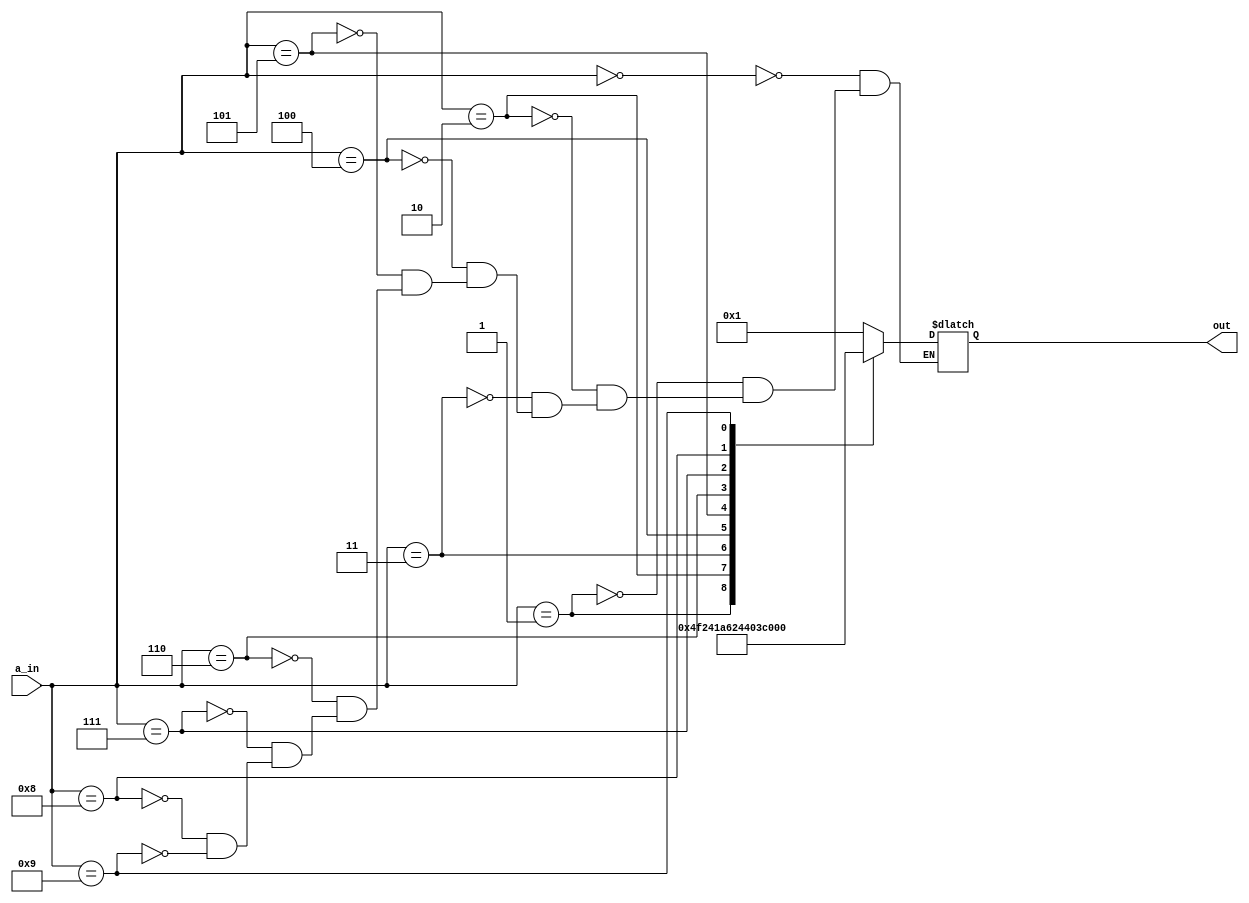
`timescale 1ns / 1ps
//////////////////////////////////////////////////////////////////////////////////
// Company: 
// Engineer: 
// 
// Design Name: 
// Module Name: sevendecoder
// Project Name: 
// Target Devices: 
// Tool Versions: 
// Description: 
// 
// Dependencies: 
// 
// Revision:
// Revision 0.01 - File Created
// Additional Comments:
// 
//////////////////////////////////////////////////////////////////////////////////


module sevendecoder(a_in,out);
    input [3:0] a_in;
    output reg [6:0] out;
    always @(*) begin
        case (a_in)
            4'b0000: out = 7'b0000001;
            4'b0001: out = 7'b1001111;
            4'b0010: out = 7'b0010010;
            4'b0011: out = 7'b0000110;
            4'b0100: out = 7'b1001100;
            4'b0101: out = 7'b0100100;
            4'b0110: out = 7'b0100000;
            4'b0111: out = 7'b0001111;
            4'b1000: out = 7'b0000000;
            4'b1001: out = 7'b0000100;
         endcase
       end           
endmodule